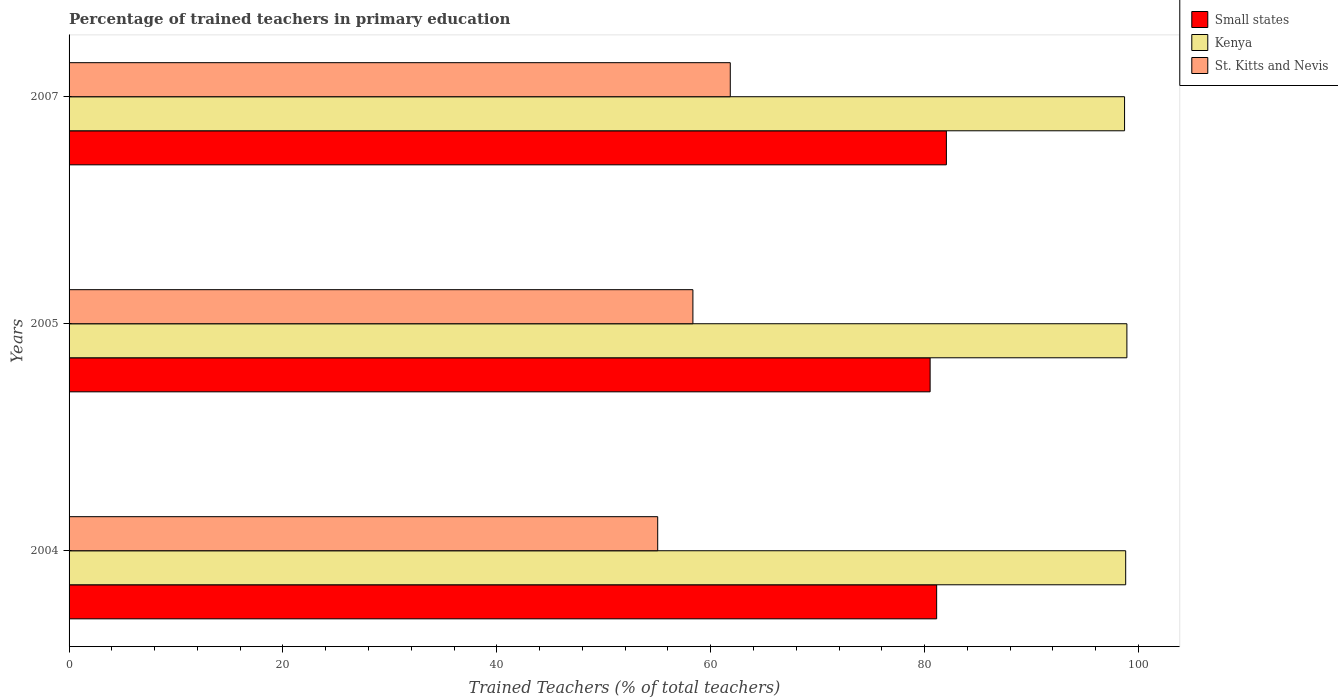
| Years | Small states | Kenya | St. Kitts and Nevis |
 | --- | --- | --- | --- |
 | 2004 | 81.1 | 98.8 | 55 |
 | 2005 | 80.5 | 98.9 | 58.3 |
 | 2007 | 82 | 98.7 | 61.8 |